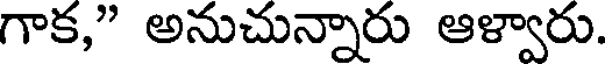
గాక," అనుచున్నారు ఆళ్వారు.